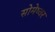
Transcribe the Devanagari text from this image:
सोमेष्वर